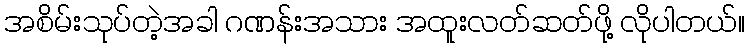
အစိမ်းသုပ်တဲ့အခါ ဂဏန်းအသား အထူးလတ်ဆတ်ဖို့ လိုပါတယ်။